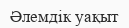
Әлемдік уақыт